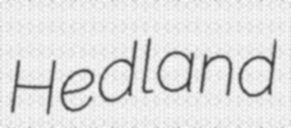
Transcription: Hedland